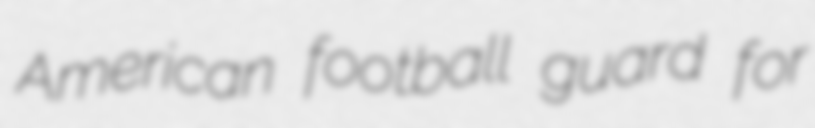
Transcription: American football guard for